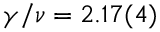
\gamma / \nu = 2 . 1 7 ( 4 )